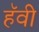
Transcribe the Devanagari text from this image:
हॅवी